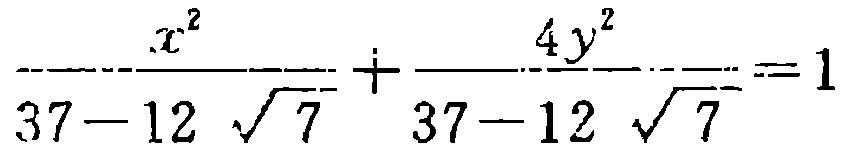
\(\frac{x^{2}}{37 - 12\sqrt{7}}+\frac{4y^{2}}{37 - 12\sqrt{7}} = 1\)